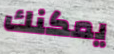
يمكنك